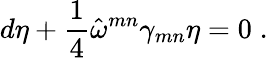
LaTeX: d\eta+\frac{1}{4}\hat{\omega}^{mn}\gamma_{mn}\eta=0\; .